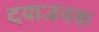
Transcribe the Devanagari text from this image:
दयाजनक